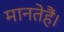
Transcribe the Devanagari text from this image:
मानतेहैं।